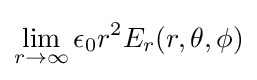
\lim _{r\rightarrow \infty }\epsilon _{0}r^{2}E_{r}(r,\theta ,\phi )